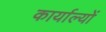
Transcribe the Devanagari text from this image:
कार्याल्यों